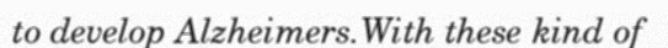
to develop Alzheimers.With these kind of